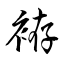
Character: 袸